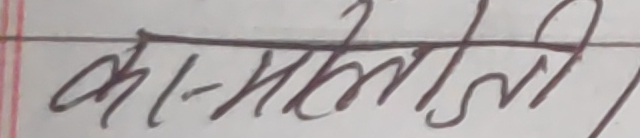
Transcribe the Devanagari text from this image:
का-मालती